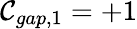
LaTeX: \mathcal{C}_{gap,1}=+1